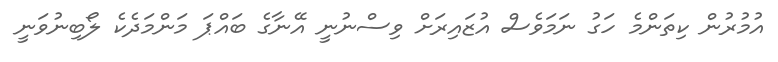
އުމުރުން ކިތަންމެ ހަގު ނަމަވެސް އުޒައިރަށް ވިސްނުނީ އޭނާގެ ބައްޕަ މަންމަދެކެ ލޯބިނުވަނީ